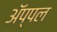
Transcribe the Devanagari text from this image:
ॲप्पल